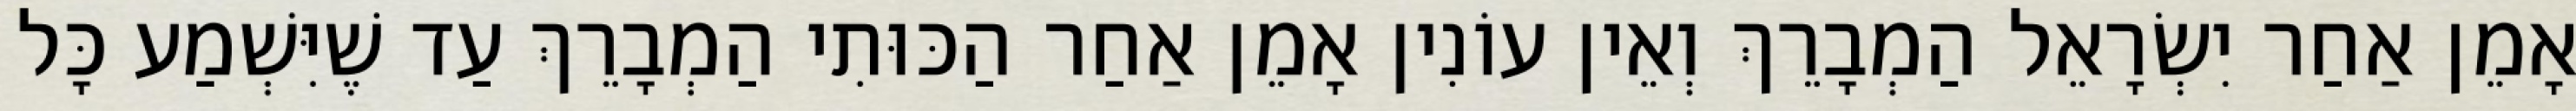
אָמֵן אַחַר יִשְׂרָאֵל הַמְבָרֵךְ וְאֵין עוֹנִין אָמֵן אַחַר הַכּוּתִי הַמְבָרֵךְ עַד שֶׁיִּשְׁמַע כָּל